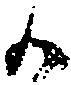
か